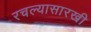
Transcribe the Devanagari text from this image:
रचल्यासारखी